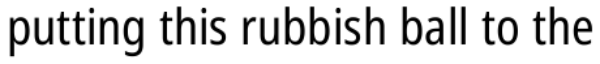
putting this rubbish ball to the